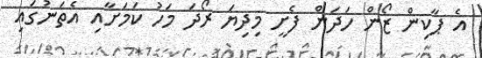
އެ ޕާކިން ޒޯން ހަދަން ފެށީ މިދިޔަ ރޯދަ މަހު ކަމަށާއި އެތަނުގައި